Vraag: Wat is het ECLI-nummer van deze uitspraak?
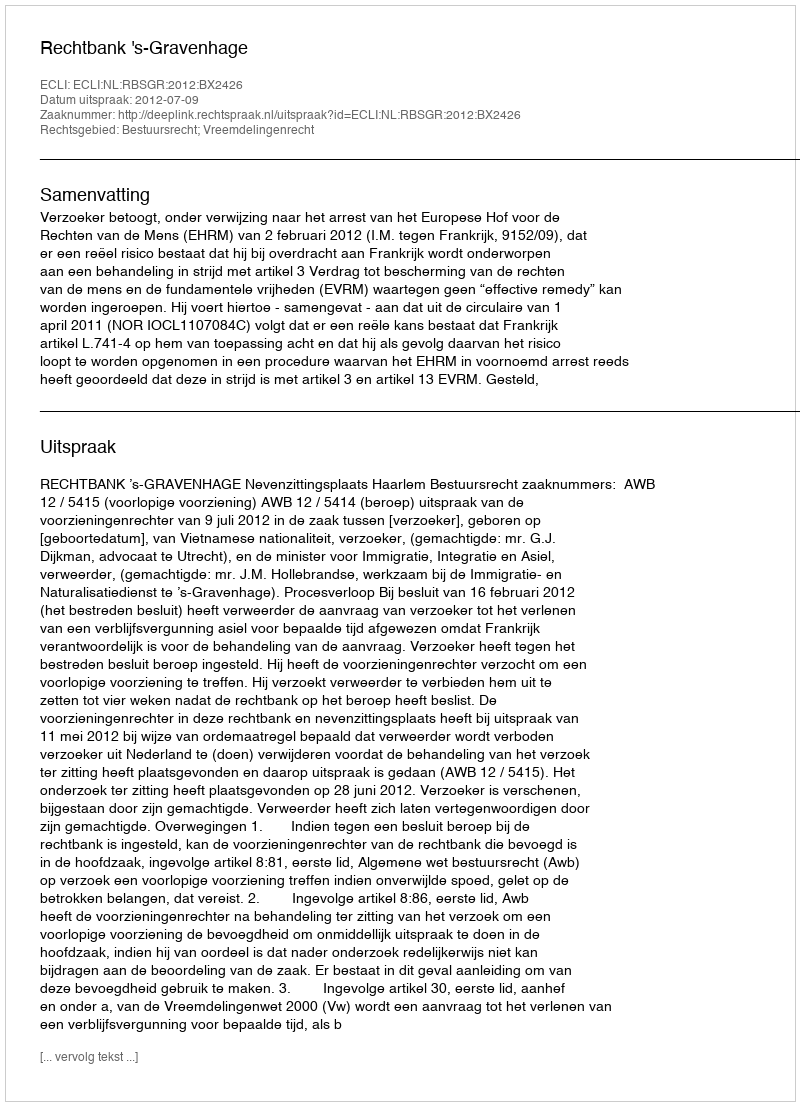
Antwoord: ECLI:NL:RBSGR:2012:BX2426